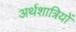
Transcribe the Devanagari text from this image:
अर्थशात्रियों